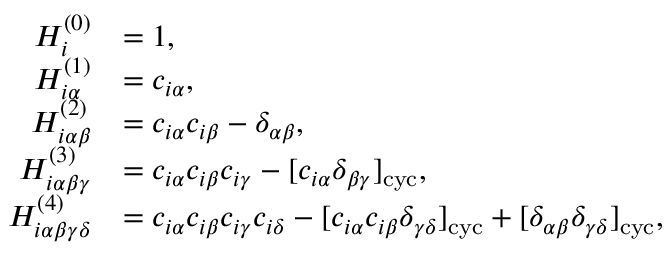
\begin{array} { r l } { H _ { i } ^ { ( 0 ) } } & { = 1 , } \\ { H _ { i \alpha } ^ { ( 1 ) } } & { = c _ { i \alpha } , } \\ { H _ { i \alpha \beta } ^ { ( 2 ) } } & { = c _ { i \alpha } c _ { i \beta } - \delta _ { \alpha \beta } , } \\ { H _ { i \alpha \beta \gamma } ^ { ( 3 ) } } & { = c _ { i \alpha } c _ { i \beta } c _ { i \gamma } - [ c _ { i \alpha } \delta _ { \beta \gamma } ] _ { \mathrm { c y c } } , } \\ { H _ { i \alpha \beta \gamma \delta } ^ { ( 4 ) } } & { = c _ { i \alpha } c _ { i \beta } c _ { i \gamma } c _ { i \delta } - [ c _ { i \alpha } c _ { i \beta } \delta _ { \gamma \delta } ] _ { \mathrm { c y c } } + [ \delta _ { \alpha \beta } \delta _ { \gamma \delta } ] _ { \mathrm { c y c } } , } \end{array}